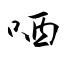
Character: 哂